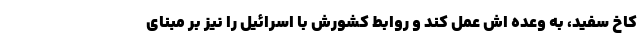
کاخ سفید، به وعده اش عمل کند و روابط کشورش با اسرائیل را نیز بر مبنای